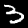
Label: 3